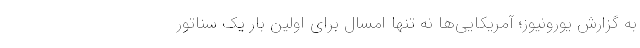
به گزارش یورونیوز؛ آمریکایی‌ها نه تنها امسال برای اولین بار یک سناتور